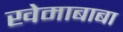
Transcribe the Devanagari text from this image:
खेमाबाबा